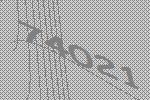
74021